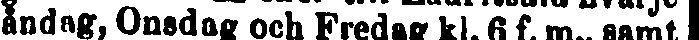
åndag, Onsdag och Fredag kl. 6 f. m., samt